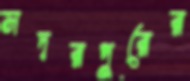
সদরপুরের